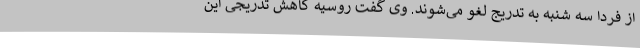
از فردا سه شنبه به تدریج لغو می‌شوند. وی گفت روسیه کاهش تدریجی این